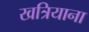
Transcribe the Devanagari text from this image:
खत्रियाना